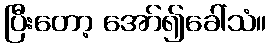
ပြီးတော့ အော်၍ခေါ်သံ။